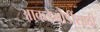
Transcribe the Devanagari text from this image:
आकडेमोडींसाठी